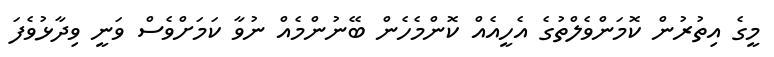
މީގެ އިތުރުން ކޮމަންވެލްތުގެ އެހީއެއް ކޮންމެހެން ބޭނުންމެއް ނުވާ ކަމަށްވެސް ވަނީ ވިދާޅުވެފަ